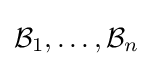
{\mathcal {B}}_{1},\ldots ,{\mathcal {B}}_{n}